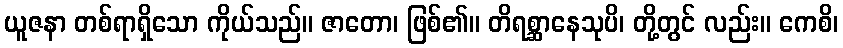
ယူဇနာ တစ်ရာရှိသော ကိုယ်သည်။ ဇာတော၊ ဖြစ်၏။ တိရစ္ဆာနေသုပိ၊ တို့တွင် လည်း။ ကေစိ၊